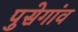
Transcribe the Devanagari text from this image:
पुसेगांव